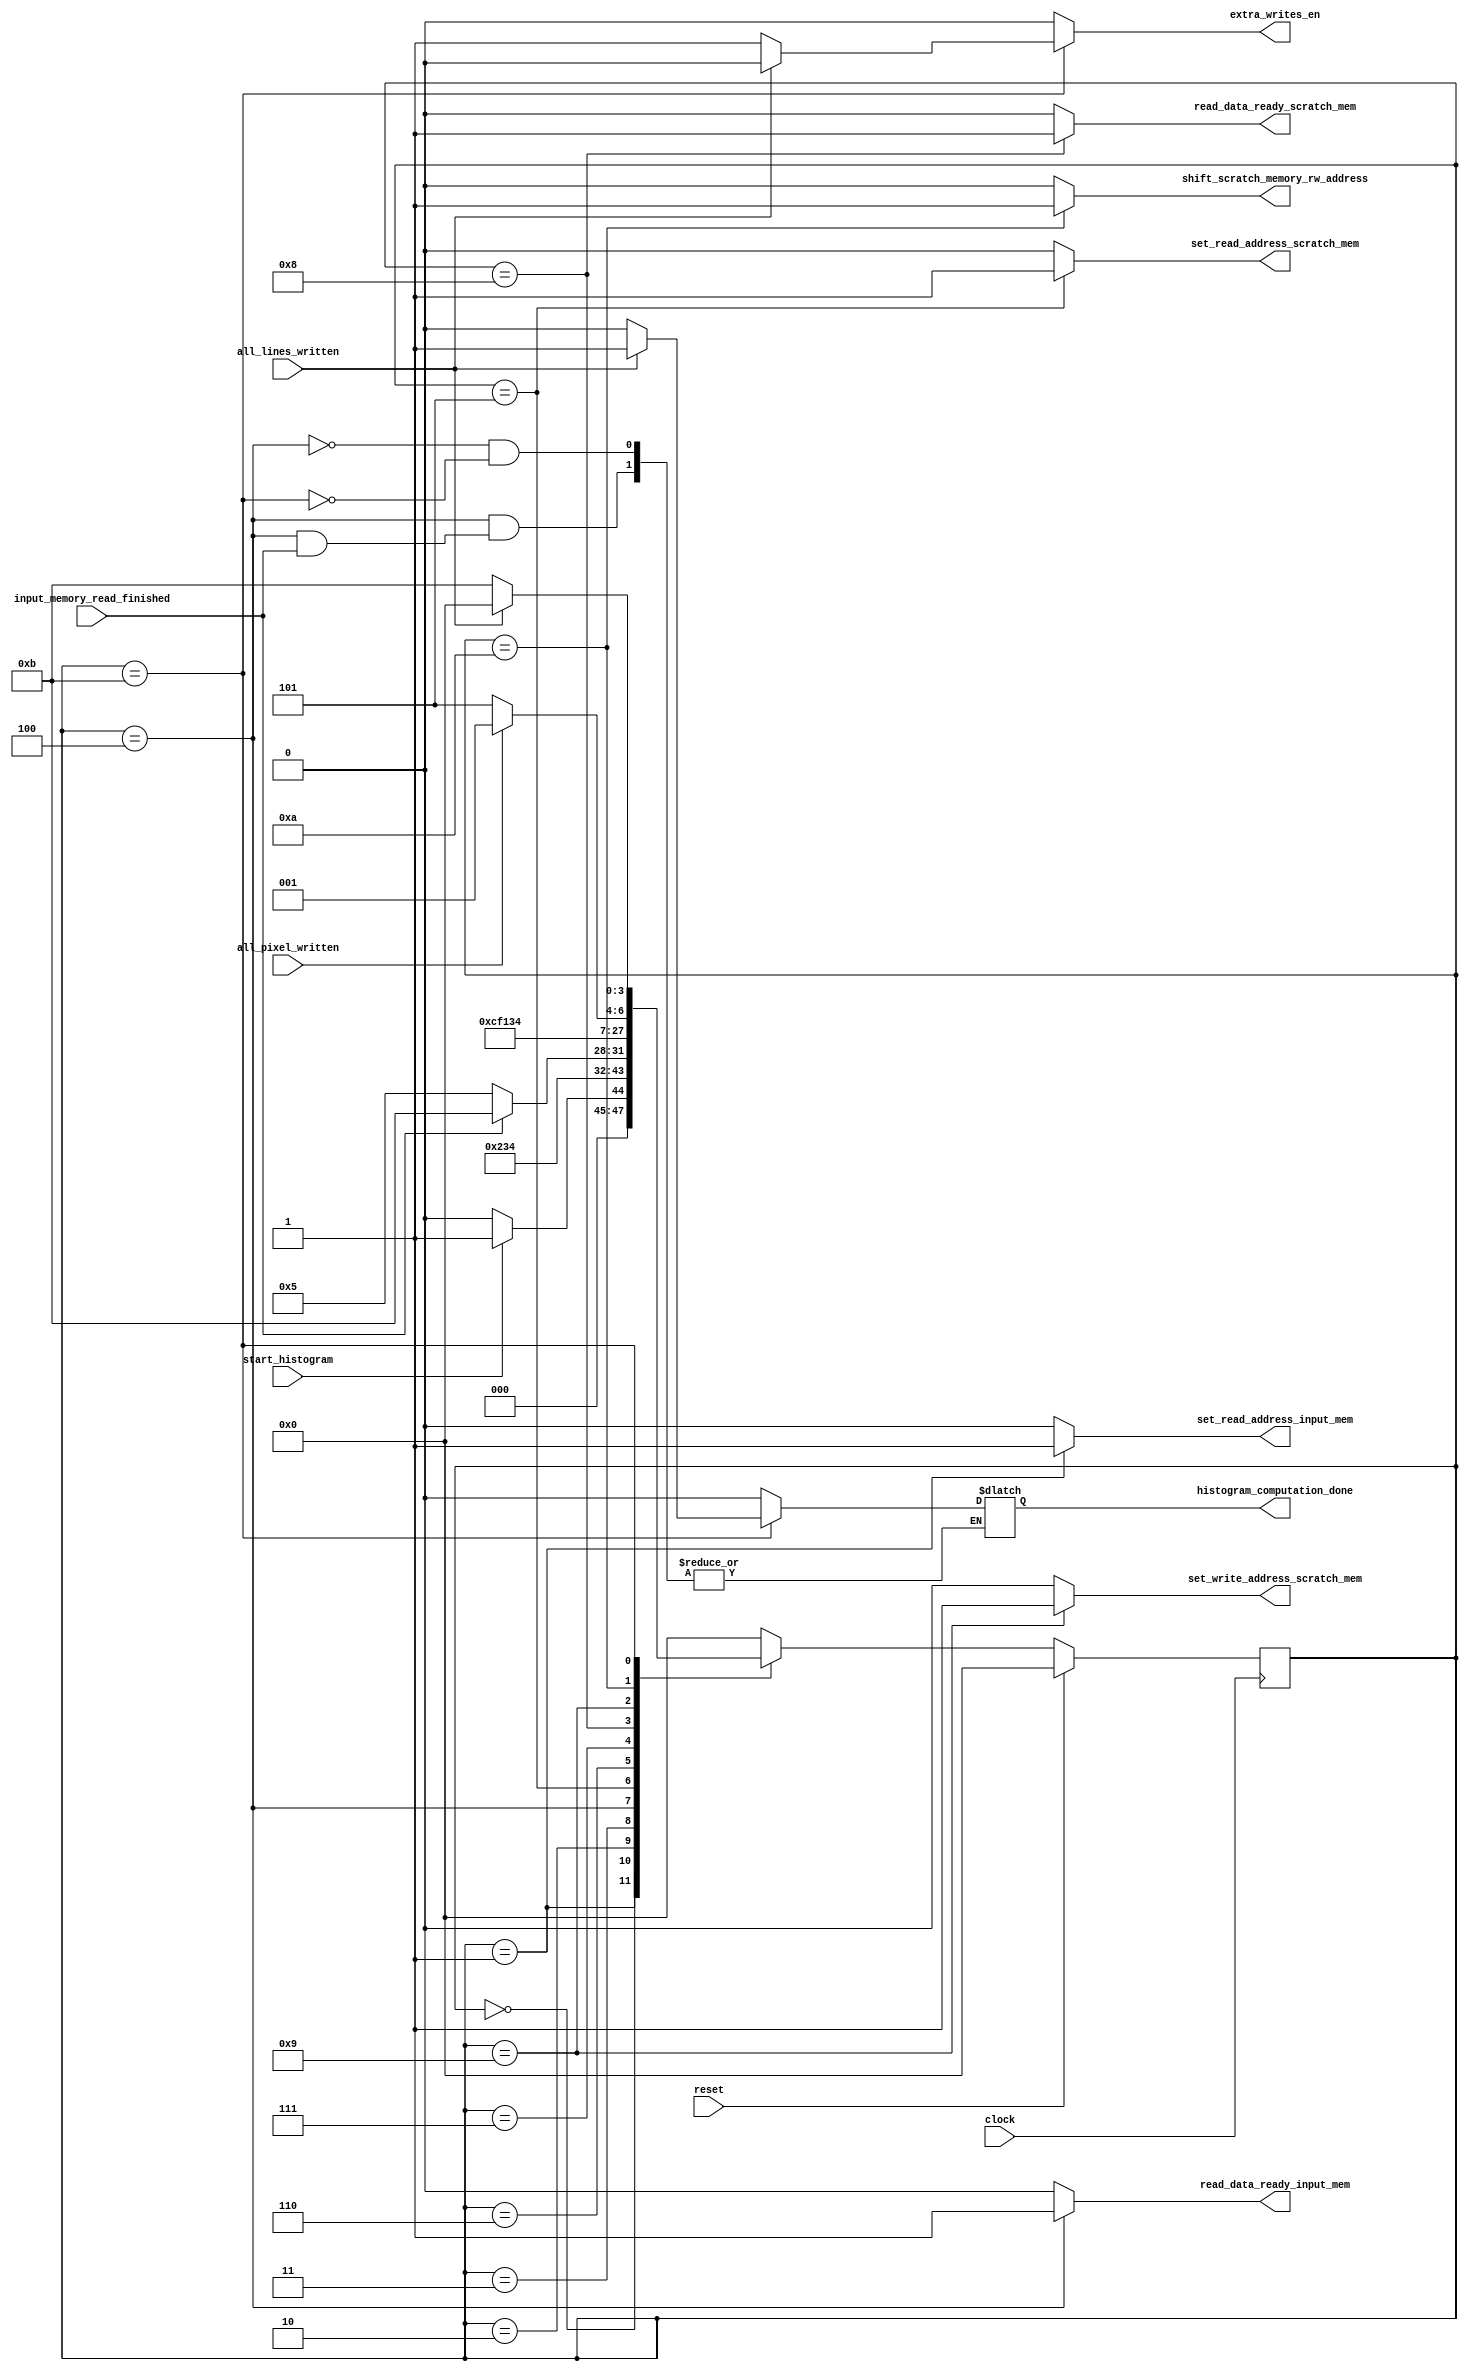
module histogram_control
(
//input---------------------------------
input clock, 
input reset,
input start_histogram, 
input input_memory_read_finished, 
input all_pixel_written,
input all_lines_written,

//output---------------------------------
output reg set_read_address_input_mem, 
output reg set_read_address_scratch_mem, 
output reg set_write_address_scratch_mem, 
output reg shift_scratch_memory_rw_address,
output reg read_data_ready_input_mem, 
output reg histogram_computation_done,   
output reg extra_writes_en,   
output reg read_data_ready_scratch_mem  
); 


parameter [3:0]
S0 = 4'b0000, 
S1 = 4'b0001, 
S2 = 4'b0010, 
S3 = 4'b0011, 
S4 = 4'b0100, 
S5 = 4'b0101, 
S6 = 4'b0110, 
S7 = 4'b0111, 
S8 = 4'b1000, 
S9 = 4'b1001, 
S10 = 4'b1010, 
S11 = 4'b1011; 


reg [3:0] current_state; 
reg [3:0] next_state; 

always@(posedge clock)
begin
    if(reset)
    begin
        current_state <= S0; 
    end
    else
    begin
        current_state <= next_state; 
    end
end

always@(*)
begin
    set_read_address_input_mem = 1'b0; 
    set_read_address_scratch_mem = 1'b0; 
    set_write_address_scratch_mem = 1'b0; 
    shift_scratch_memory_rw_address = 1'b0; 
    read_data_ready_input_mem = 1'b0; 
    read_data_ready_scratch_mem = 1'b0; 
    extra_writes_en = 1'b0; 

    case(current_state)
    S0 :
    //starting stat 
    begin
        //reset control parameters (local reset) ?
        if(start_histogram)
            next_state = S1; 
        else
            next_state = S0; 
    end
    S1 :
    //set read address
    begin
        set_read_address_input_mem = 1'b1; 
        next_state = S2; 
    end
    S2 : 
    //empty clock 
    begin
        next_state = S3; 
    end
    S3 : 
    //empty clock 
    begin
        next_state = S4; 
    end
    S4 : 
    //empty clock - read from input memory
    begin
        read_data_ready_input_mem = 1'b1; 
        if(input_memory_read_finished == 1)
        begin
            next_state = S11; // go to complete writes
        end
        else
        begin
            histogram_computation_done = 0; 
            next_state = S5; 
        end
    end
    S5 : 
    begin
    //take each pixel and compute scratch memory address and set read address (from scratch memory)
        set_read_address_scratch_mem = 1'b1; 
        next_state = S6; 
    end 
    S6 : 
    //empty clock 
    begin
        next_state = S7; 
    end
    S7 : 
    //empty clock 
    begin
        next_state = S8; 
    end
    S8 : 
    //empty clock 
    begin
        read_data_ready_scratch_mem = 1'b1; 
        next_state = S9; 
    end
    S9 : 
    //for write, set write addresses, WE, wdata
    begin
        set_write_address_scratch_mem = 1'b1; 
        next_state = S10; 
    end  
    S10 : 
    //shift the rw_memory array, offset and check if all pixel done
    begin
        shift_scratch_memory_rw_address = 1'b1; 
        if(all_pixel_written)
            next_state = S1; 
        else
            next_state = S5;  
    end  
    S11: 
    //write zeros to those lines which have not been written. 
    begin
        if(all_lines_written)
        begin
            histogram_computation_done = 1; 
            next_state = S0; 
        end
        else
        begin
            histogram_computation_done = 0; 
            next_state = S11; 
            extra_writes_en = 1; 
        end
    end
    default : 
    begin
        $display("[histogram_control] @%0tns  Invalid state", $stime);
        next_state = S0; 
    end
    endcase
end
endmodule